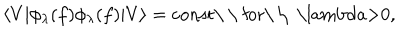
LaTeX: \langle V | \phi _ { \lambda } ( f ) \phi _ { \lambda } ( f ) | V \rangle = \mathrm { c o n s t \ \ f o r \ \ ~ \ l a m b d a > 0 , ~ }